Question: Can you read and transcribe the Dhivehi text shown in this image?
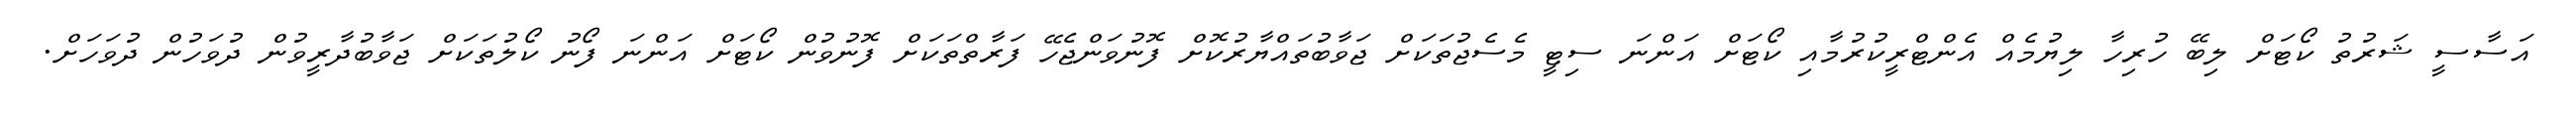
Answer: އަސާސީ ޝަރުތު ކޯޓަށް ލިބޭ ހުރިހާ ލިޔުމެއް އެންޓްރީކުރުމާއި ކޯޓަށް އަންނަ ސިޓީ މެސެޖުތަކަށް ޖަވާބުތައްޔާރުކޮށް ފޮނުވަންޖެހޭ ފަރާތްތަކަށް ފޮނުވުން ކޯޓަށް އަންނަ ފޯނު ކޯލުތަކަށް ޖަވާބުދާރީވުން ދުވަހުން ދުވަހަށް.